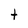
Character: t